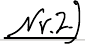
Nr.2.)